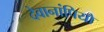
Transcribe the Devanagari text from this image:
देवानांपियो